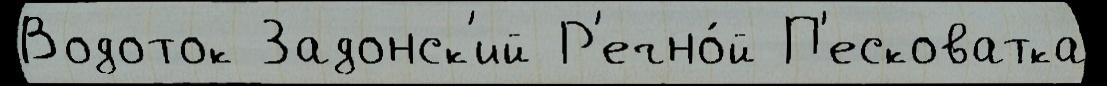
Водоток Задонск'ий Р'ечно́й П'есковатка